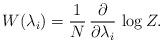
LaTeX: \begin{align*}W(\lambda _i)=\frac{1}{N}\,\frac{\partial }{\partial \lambda _i}\,\log Z.\end{align*}